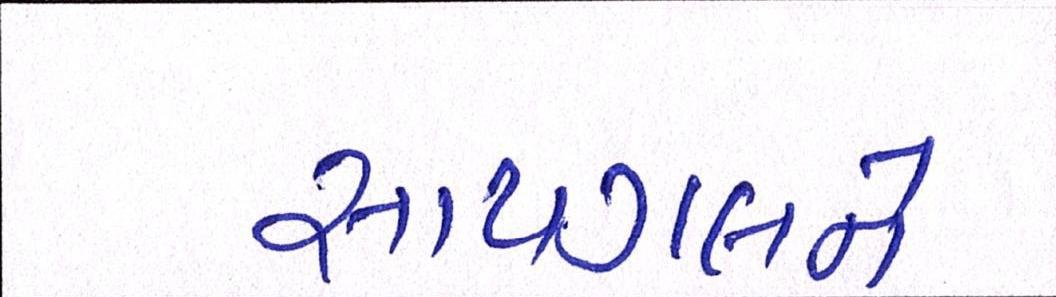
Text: સાયગલને